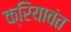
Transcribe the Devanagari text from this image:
क्रियावंत